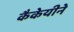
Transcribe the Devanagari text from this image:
कैकेयीने